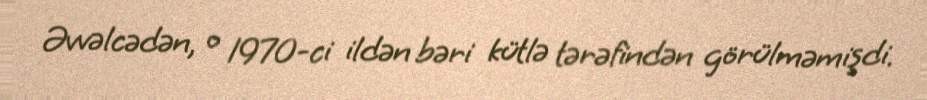
Əvvəlcədən, o 1970-ci ildən bəri kütlə tərəfindən görülməmişdi.